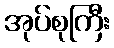
အုပ်စုကြီး